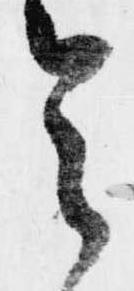
令